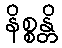
နိစ္စန္တိ